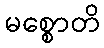
မစ္စောတိ